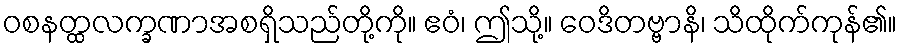
ဝစနတ္ထလက္ခဏာအစရှိသည်တို့ကို။ ဧဝံ၊ ဤသို့။ ဝေဒိတဗ္ဗာနိ၊ သိထိုက်ကုန်၏။